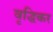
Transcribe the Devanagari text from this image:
वृद्धिकर